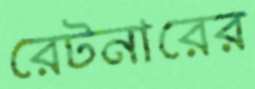
রেটনারের